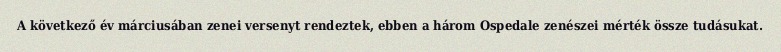
A következő év márciusában zenei versenyt rendeztek, ebben a három Ospedale zenészei mérték össze tudásukat.